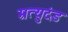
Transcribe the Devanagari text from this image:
म्रत्युदंड